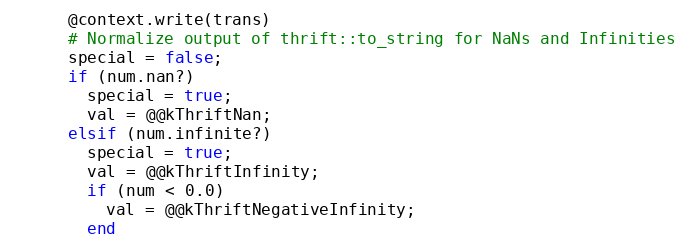
Language: Ruby
      @context.write(trans)
      # Normalize output of thrift::to_string for NaNs and Infinities
      special = false;
      if (num.nan?)
        special = true;
        val = @@kThriftNan;
      elsif (num.infinite?)
        special = true;
        val = @@kThriftInfinity;
        if (num < 0.0)
          val = @@kThriftNegativeInfinity;
        end